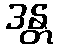
ဒန္တ